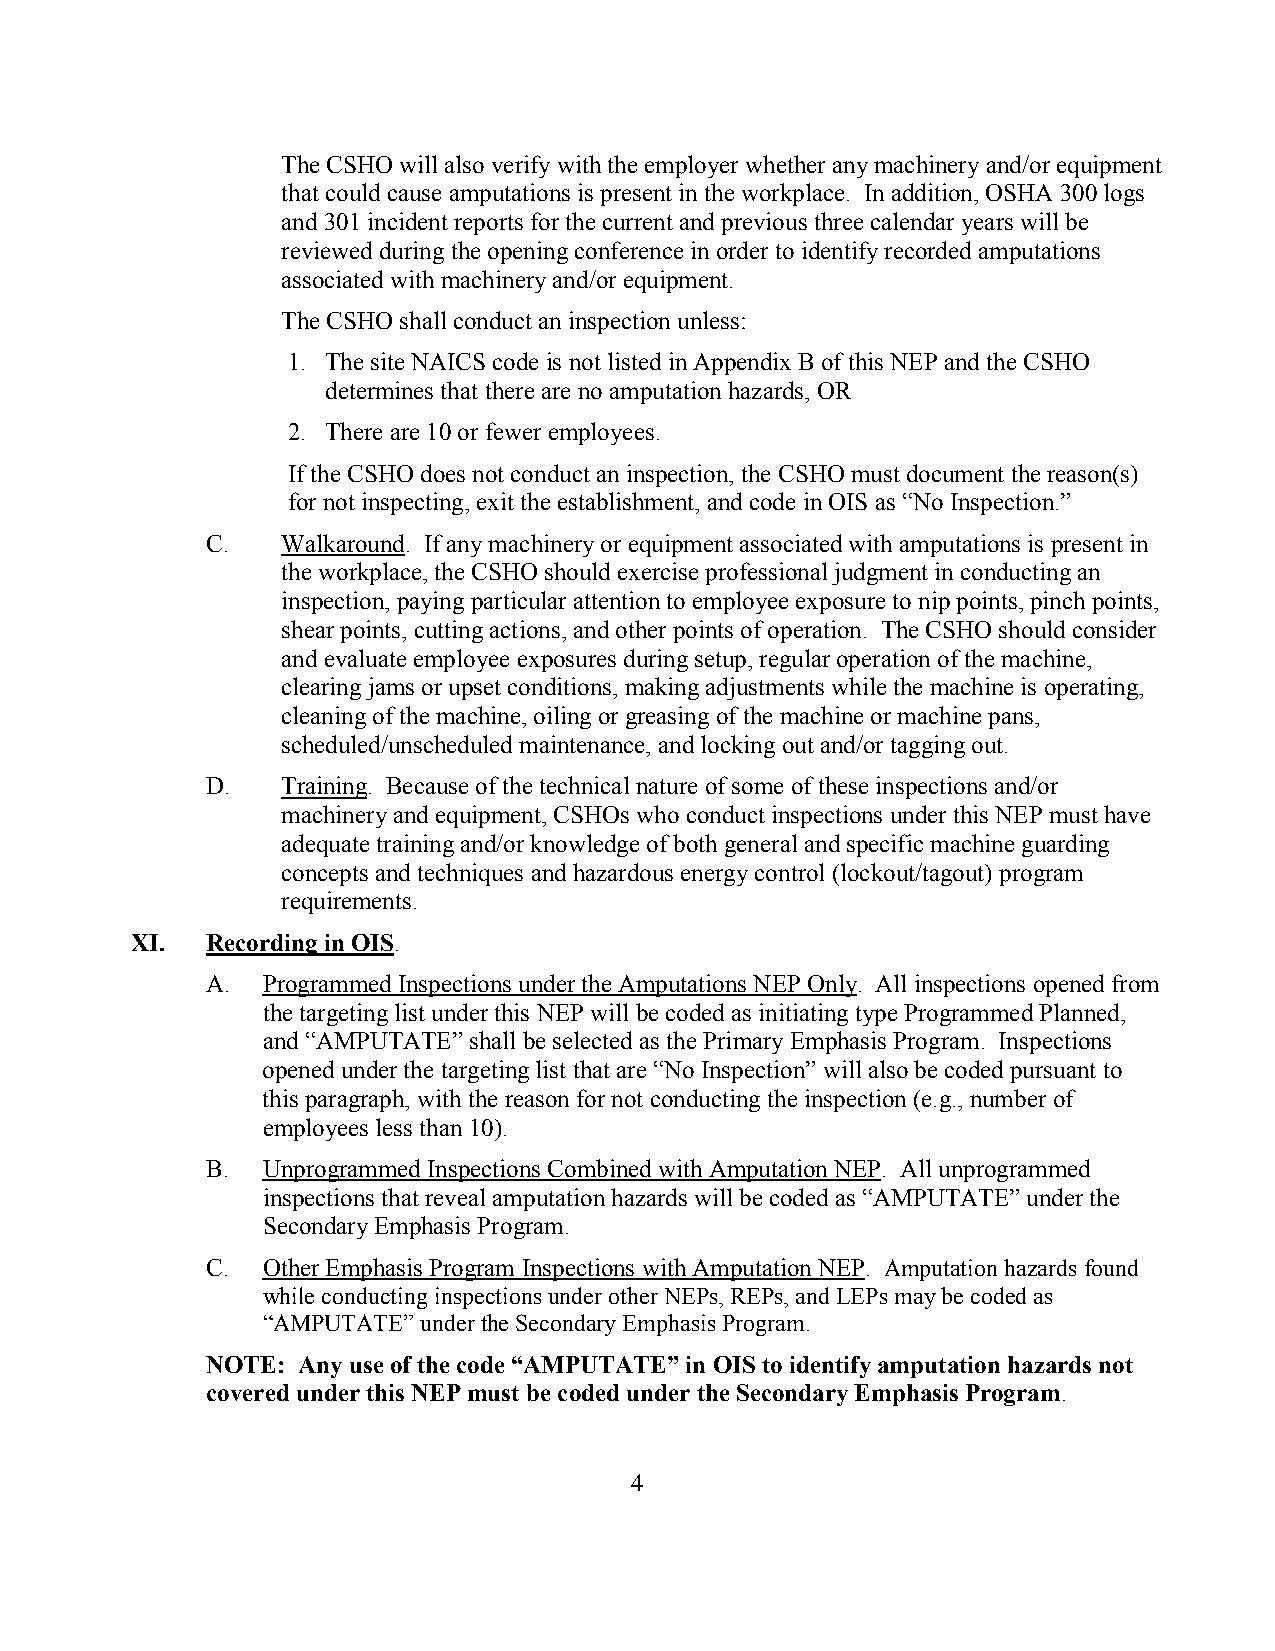
The CSHO will also verify with the employer whether any machinery and/or equipment
 that could cause amputations is present in the workplace. In addition, OSHA 300 logs
 and 301 incident reports for the current and previous three calendar years will be
 reviewed during the opening conference in order to identify recorded amputations
 associated with machinery and/or equipment.
 The CSHO shall conduct an inspection unless:
 1. The site NAICS code is not listed in Appendix B of this NEP and the CSHO
 determines that there are no amputation hazards, OR
 2. There are 10 or fewer employees.
 If the CSHO does not conduct an inspection, the CSHO must document the reason(s)
 for not inspecting, exit the establishment, and code in OIS as “No Inspection.”
 C.   Walkaround. If any machinery or equipment associated with amputations is present in
 the workplace, the CSHO should exercise professional judgment in conducting an
 inspection, paying particular attention to employee exposure to nip points, pinch points,
 shear points, cutting actions, and other points of operation. The CSHO should consider
 and evaluate employee exposures during setup, regular operation of the machine,
 clearing jams or upset conditions, making adjustments while the machine is operating,
 cleaning of the machine, oiling or greasing of the machine or machine pans,
 scheduled/unscheduled maintenance, and locking out and/or tagging out.
 D.   Training. Because of the technical nature of some of these inspections and/or
 machinery and equipment, CSHOs who conduct inspections under this NEP must have
 adequate training and/or knowledge of both general and specific machine guarding
 concepts and techniques and hazardous energy control (lockout/tagout) program
 requirements.
 XI.  Recording in OIS.
 A. Programmed Inspections under the Amputations NEP Only. All inspections opened from
 the targeting list under this NEP will be coded as initiating type Programmed Planned,
 and “AMPUTATE” shall be selected as the Primary Emphasis Program. Inspections
 opened under the targeting list that are “No Inspection” will also be coded pursuant to
 this paragraph, with the reason for not conducting the inspection (e.g., number of
 employees less than 10).
 B. Unprogrammed Inspections Combined with Amputation NEP. All unprogrammed
 inspections that reveal amputation hazards will be coded as “AMPUTATE” under the
 Secondary Emphasis Program.
 C. Other Emphasis Program Inspections with Amputation NEP. Amputation hazards found
 while conducting inspections under other NEPs, REPs, and LEPs may be coded as
 “AMPUTATE” under the Secondary Emphasis Program.
 NOTE: Any use of the code “AMPUTATE” in OIS to identify amputation hazards not
 covered under this NEP must be coded under the Secondary Emphasis Program.
 4